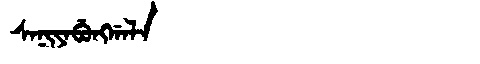
Manchu: ᠰᠠᠨᡳᠶᠠᠪᡠᠩᡤᠠᠯᠠ
Romanization: SANIYABUNGGALA